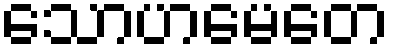
သောဟမေတေ